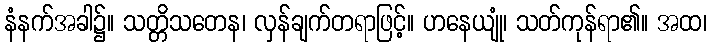
နံနက်အခါ၌။ သတ္တိသတေန၊ လှန်ချက်တရာဖြင့်။ ဟနေယျုံ၊ သတ်ကုန်ရာ၏။ အထ၊